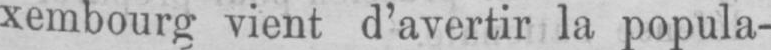
xembourg vient d’avertir la popula-